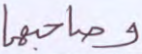
وصاحبهما